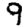
Digit: 9